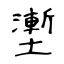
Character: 壍